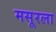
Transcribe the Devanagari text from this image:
मसूरला